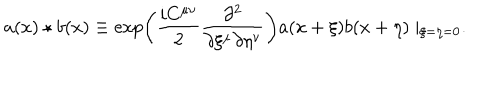
LaTeX: a ( x ) \star b ( x ) \equiv \exp \left( \frac { i C ^ { \mu \nu } } { 2 } \frac { \partial ^ { 2 } } { \partial \xi ^ { \mu } \partial \eta ^ { \nu } } \right) a ( x + \xi ) b ( x + \eta ) \mid _ { \xi = \eta = 0 } .